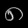
Digit: ၈